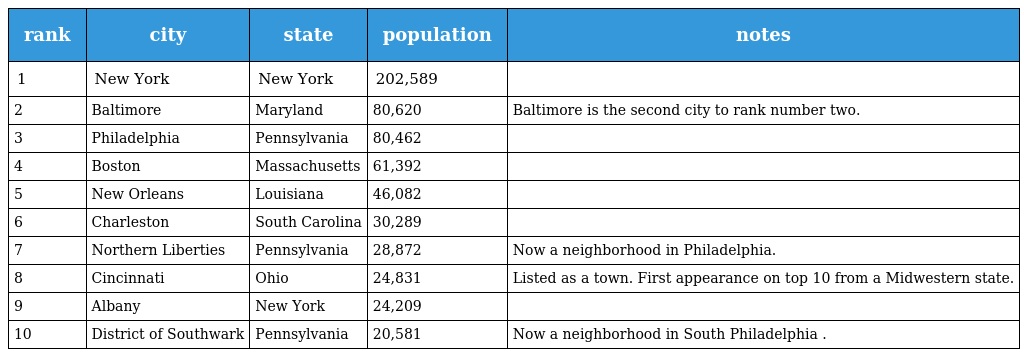
| rank | city | state | population | notes |
 | --- | --- | --- | --- | --- |
 | 1 | New York | New York | 202,589 |  |
 | 2 | Baltimore | Maryland | 80,620 | Baltimore is the second city to rank number two. |
 | 3 | Philadelphia | Pennsylvania | 80,462 |  |
 | 4 | Boston | Massachusetts | 61,392 |  |
 | 5 | New Orleans | Louisiana | 46,082 |  |
 | 6 | Charleston | South Carolina | 30,289 |  |
 | 7 | Northern Liberties | Pennsylvania | 28,872 | Now a neighborhood in Philadelphia. |
 | 8 | Cincinnati | Ohio | 24,831 | Listed as a town. First appearance on top 10 from a Midwestern state. |
 | 9 | Albany | New York | 24,209 |  |
 | 10 | District of Southwark | Pennsylvania | 20,581 | Now a neighborhood in South Philadelphia . |